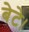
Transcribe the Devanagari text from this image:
बेटे।